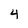
Character: 4